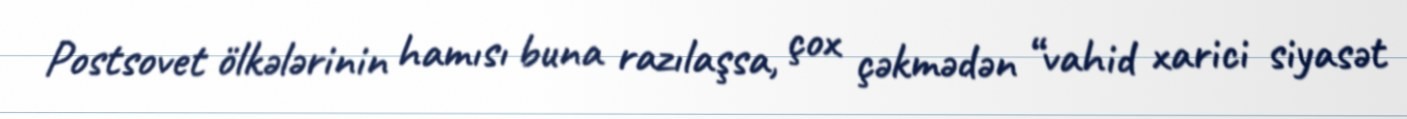
Postsovet ölkələrinin hamısı buna razılaşsa, çox çəkmədən “vahid xarici siyasət